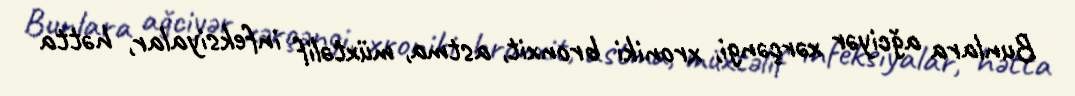
Bunlara ağciyər xərçəngi, xroniki bronxit, astma, müxtəlif infeksiyalar, hətta